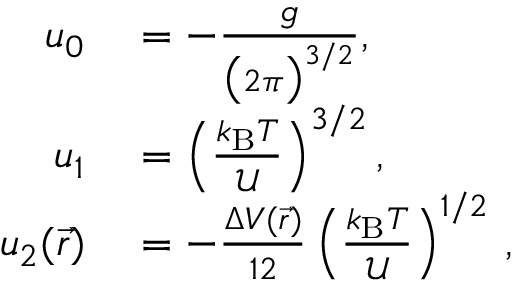
\begin{array} { r l } { u _ { 0 } } & { { } = - \frac { g } { \big ( 2 \pi \big ) ^ { 3 / 2 } } , } \\ { u _ { 1 } } & { { } = \left( \frac { k _ { \mathrm { B } } T } { { \mathcal U } } \right) ^ { 3 / 2 } , } \\ { u _ { 2 } ( \vec { r } ) } & { { } = - \frac { \Delta V ( \vec { r } ) } { 1 2 } \left( \frac { k _ { \mathrm { B } } T } { { \mathcal U } } \right) ^ { 1 / 2 } \, , } \end{array}